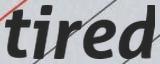
tired